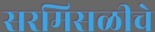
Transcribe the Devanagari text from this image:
सरमिसळीचे